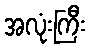
အလုံးကြီး